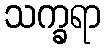
သက္ခရာ